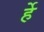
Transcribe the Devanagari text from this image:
र्हे